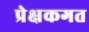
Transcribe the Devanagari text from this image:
प्रेक्षकगत